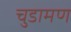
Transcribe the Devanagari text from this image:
चुडामण